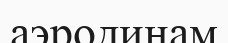
аэродинам